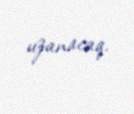
uzanacaq.